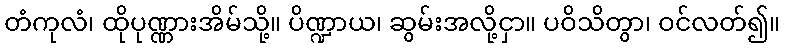
တံကုလံ၊ ထိုပုဏ္ဏားအိမ်သို့။ ပိဏ္ဍာယ၊ ဆွမ်းအလို့ငှာ။ ပဝိသိတွာ၊ ဝင်လတ်၍။